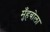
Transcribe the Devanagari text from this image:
मुँहबोला